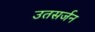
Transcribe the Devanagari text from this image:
उतसर्जन